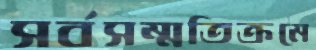
সর্বসম্মতিক্রমে